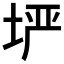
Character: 𫭲